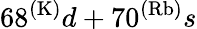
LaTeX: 68^{(\mathrm{K)}}d+70^{(\mathrm{Rb)}}s